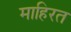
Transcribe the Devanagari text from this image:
माहिरत